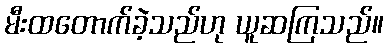
မီးထတောက်ခဲ့သည်ဟု ယူဆကြသည်။